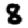
Digit: 8